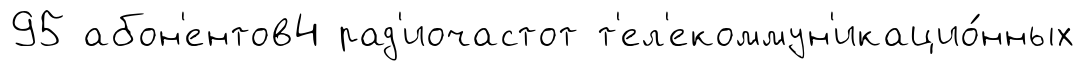
95 абон'ентов4 рад'иочастот т'ел'екоммун'икацио́нных